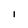
Character: l